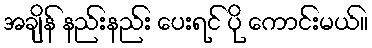
အချိန် နည်းနည်း ပေးရင် ပို ကောင်းမယ်။